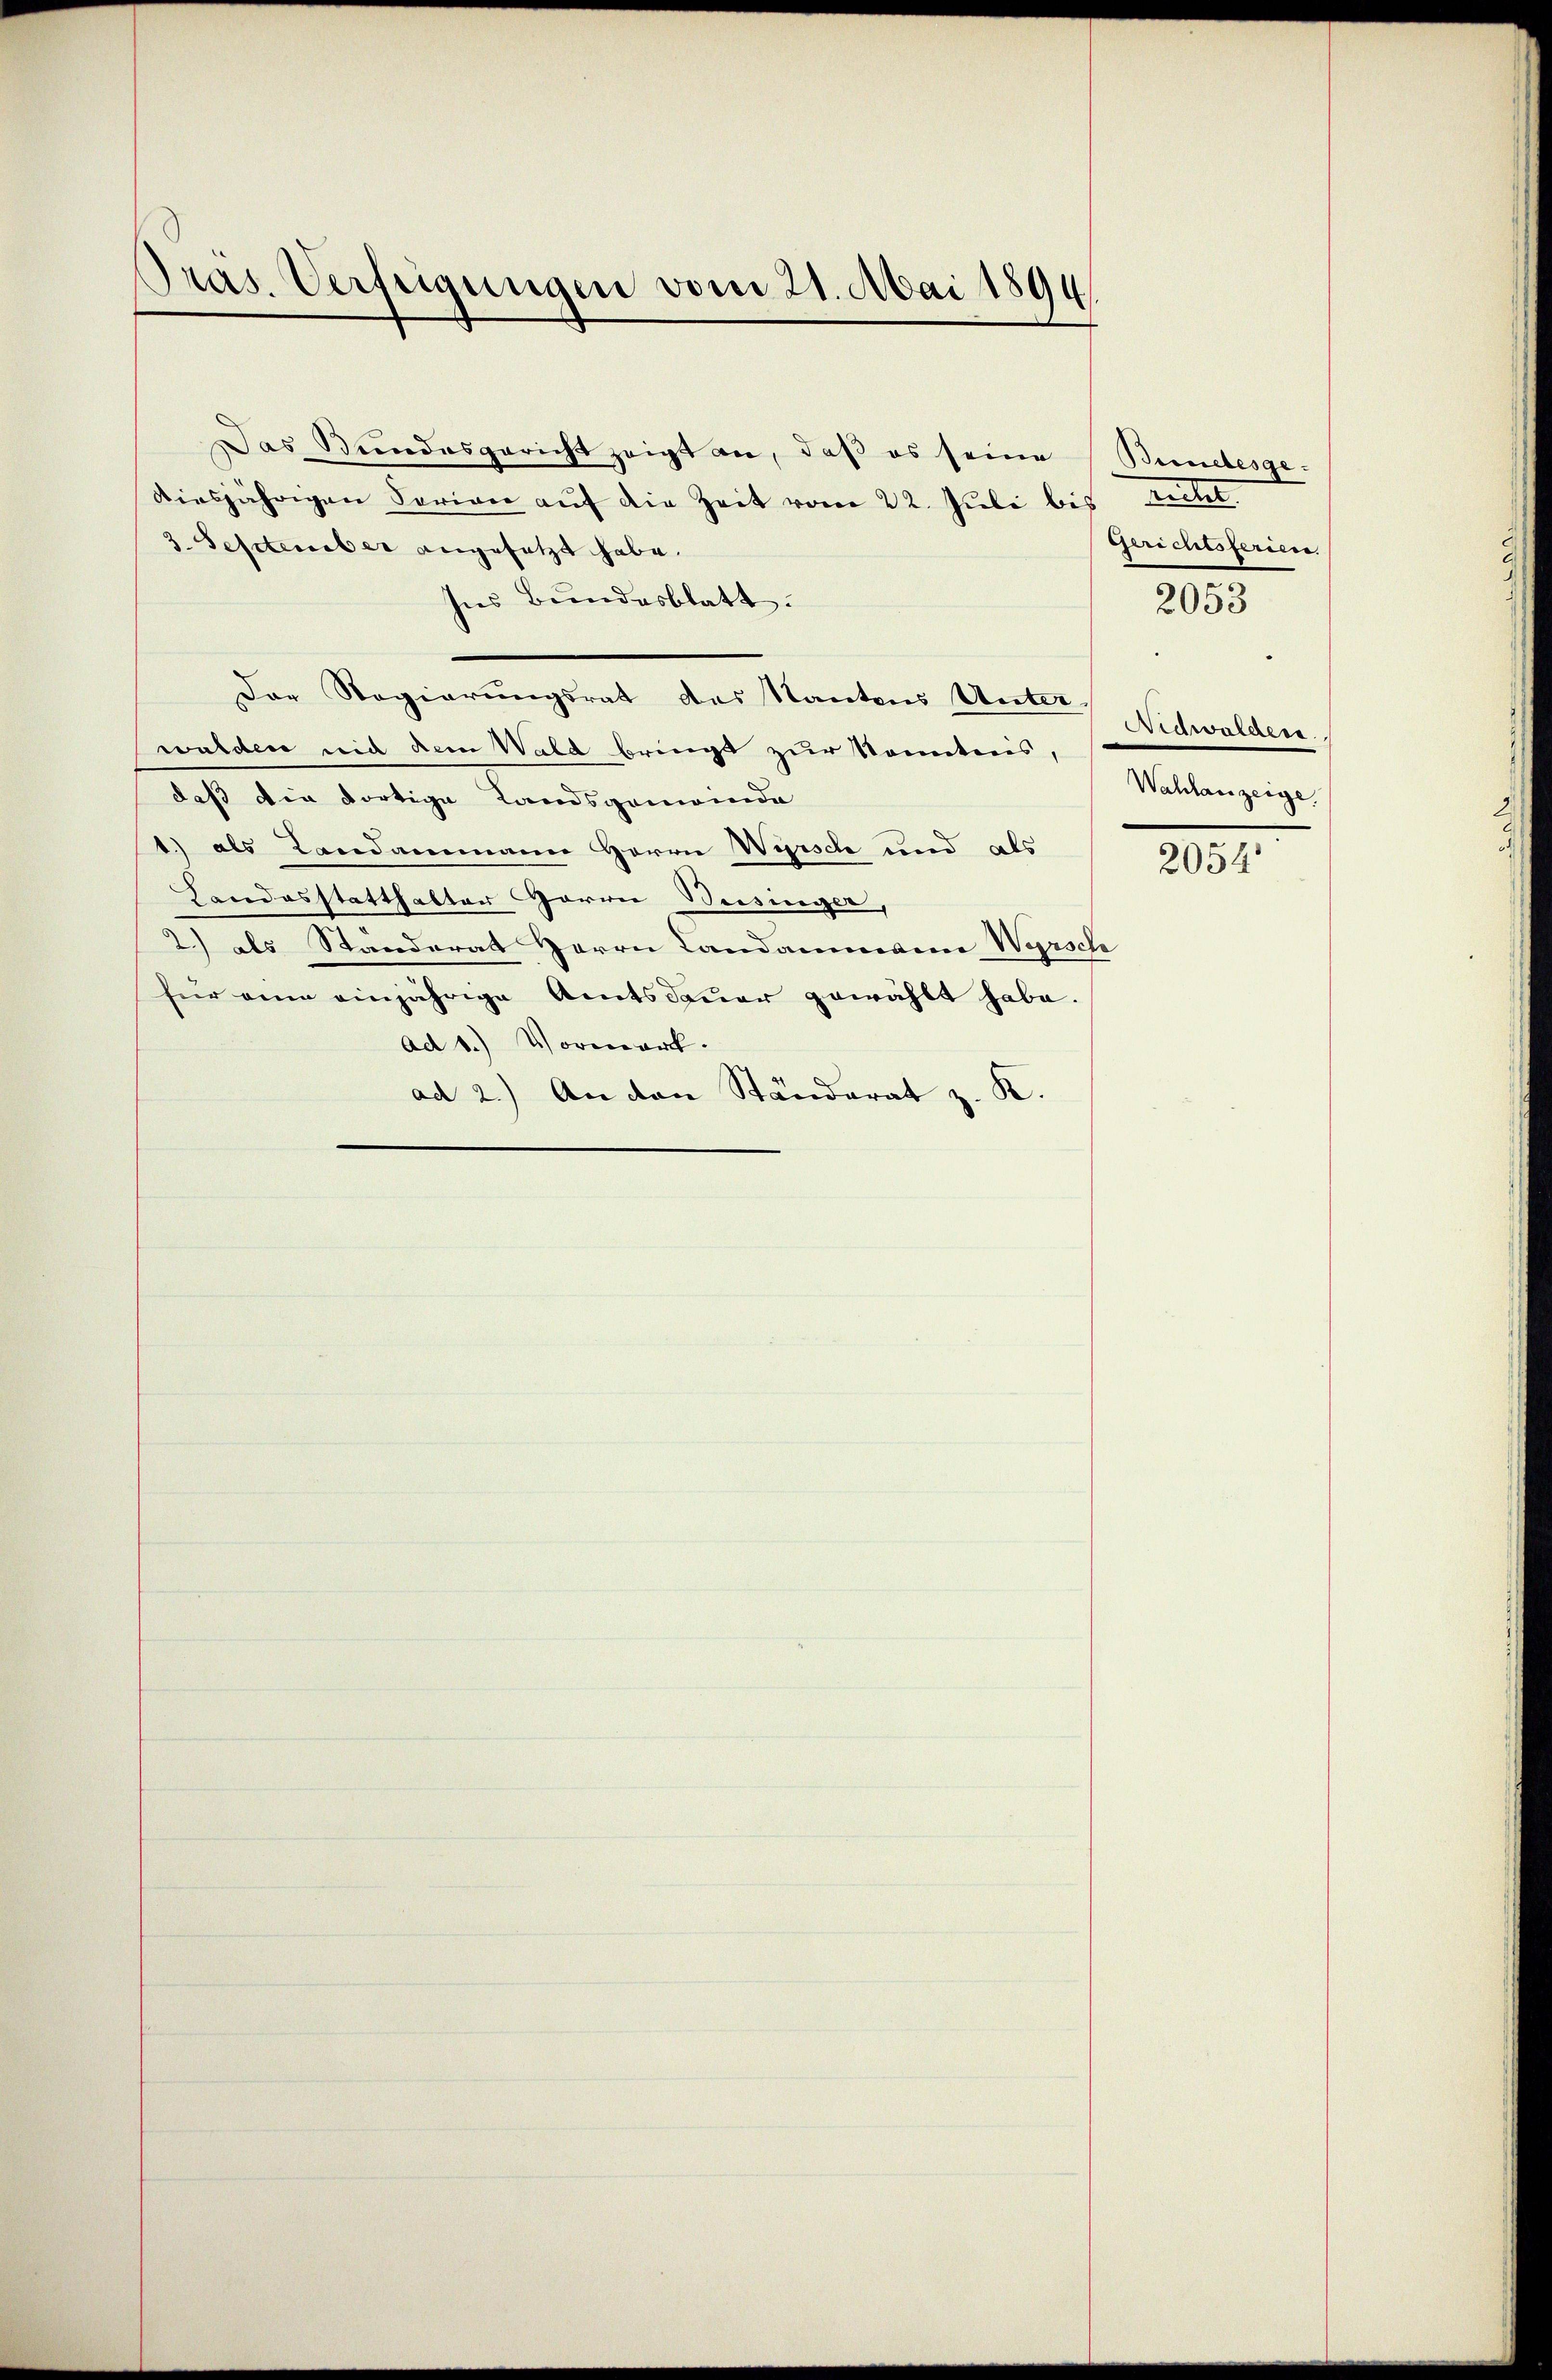
Pras. Verfügungen vom 21. Mai 1894

Das Bundesgericht zeigt an, daß es seine
diesjährigen Serien auf die Zeit vom 22. Juli bis Richt.
3. September angesetzt habe.
Ins Bundesblatt.
Der Regierungsrat des Kantons Unterwalden mich dem Wald bringt zur Sonnteris,
daß die dortige Landsgemeinda
1.) als Landammann Herrn Wirsch und als
Landosstatthalter Herrn Weisinger,
2.) als Standerat Herrn Landammann Wyrsch
für eine einjährige Amtsdauer gewählt habe.
ad 1.) Vormark.
ad 2.) An den Ständerat z. K.

Bundesge-
Gerichtsferien
Nidwalden.
Wahlanzeige

2053

2054